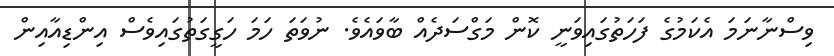
ވިސްނާނަމަ އެކަމުގެ ފަހަތުގައިވަނީ ކޮން މަގްސަދެއް ބާވައެވެ. ނުވަތަ ހަމަ ހަގީގަތުގައިވެސް އިންޑިއާއިން